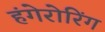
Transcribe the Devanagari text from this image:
हंगेरोरिंग